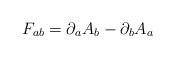
LaTeX: \begin{align*}F_{ab} = \partial_{a} A_{b} - \partial_{b} A_{a}\end{align*}